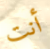
أنت